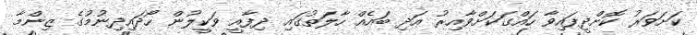
ކަށަވަރު ކޮށްދީފައިވާ ހައްގަކަށްވާއިރު އަދި ބައެއް ހާލަތުގައި ދިފާއީ ވަކީލުން ހޯދައިދިނުމުގެ ޒިންމާ